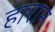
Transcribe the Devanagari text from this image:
हाराम